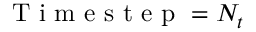
\mathrm { ~ T ~ i ~ m ~ e ~ s ~ t ~ e ~ p ~ } = N _ { t }